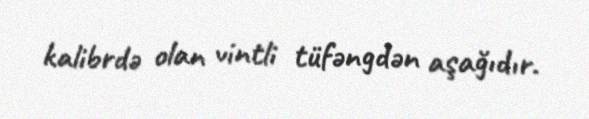
kalibrdə olan vintli tüfəngdən aşağıdır.